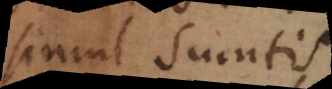
simul sumtis